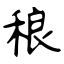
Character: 稂